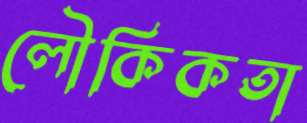
লৌকিকতা